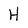
Character: H